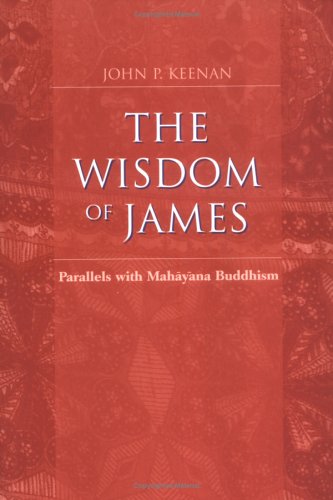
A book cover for The Wisdom of James: Paralles with Mahayana Buddhism; John P. Keenan; Religion & Spirituality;